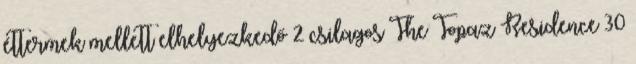
éttermek mellett elhelyezkedő 2 csilagos The Topaz Residence 30